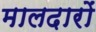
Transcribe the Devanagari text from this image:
मालदारों